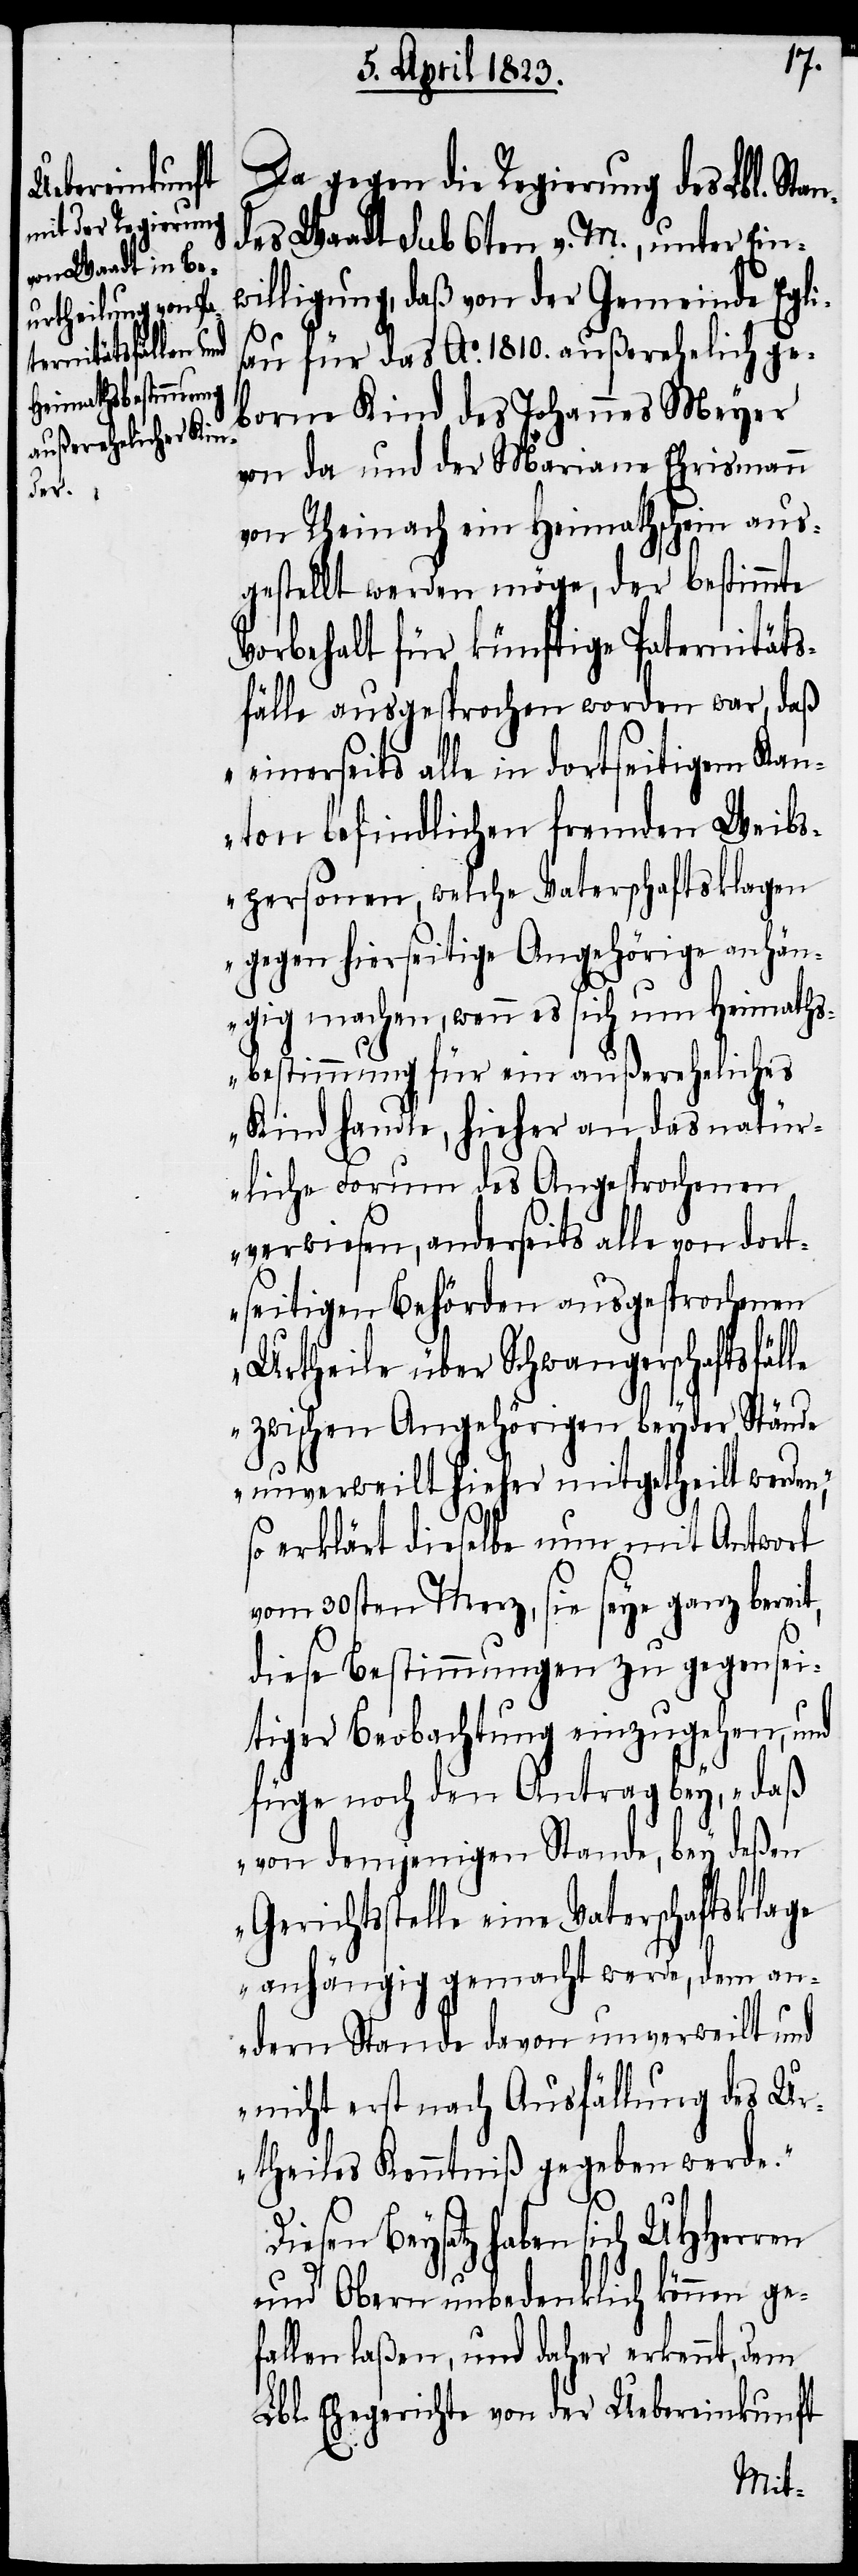
t,
Da gegen die Regierung des Lbl. Stan¬
des Waadt sub 6ten v. M., unter Ein¬
willigung, daß von der Gemeinde Egli¬
sau für das Ao. 1810. außerehelich ge¬
borne Kind des Johannes Meyer
von da und der Mariane Ehrismann
von Rheinach ein Heimathschein aus¬
gestellt werden möge, der bestimmte
Vorbehalt für künftige Paternitäts¬
fälle ausgesprochen worden war, daß
„einerseits alle in dortseitigem Kan¬
ton befindlichen fremden Weibs¬
personen, welche Vaterschaftsklagen
gegen hierseitige Angehörige anhän¬
gig machen, wenn es sich um Heimaths¬
bestimmung für ein außereheliches
Kind handle, hieher an das natür¬
liche Forum des Angesprochenen
verwiesen, anderseits alle von dort¬
seitigen Behörden ausgesprochenen
Urtheile über Schwangerschaftsfälle
zwischen Angehörigen beyder Stände
unverweilt hieher mitgetheilt werden“,
so erklärt dieselbe nun mit Antwort
vom 30sten Merz, sie seye ganz berei¬
diese Bestimmungen zu gegensei¬
tiger Beobachtung einzugehen, und
füge noch den Antrag bey, „daß
von demjenigen Stande, bey deßen
Gerichtsstelle eine Vaterschaftsklage
anhängig gemacht werde, dem an¬
dern Stande davon unverweilt und
nicht erst nach Ausfällung des U¬
rtheiles Kenntniß gegeben werde.“
Diesen Beysatz haben sich UHHerren
und Obern unbedenklich können ge¬
fallen laßen, und daher erkennt, dem
Lbl. Ehegerichte von der Uebereinkunft